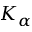
K _ { \alpha }